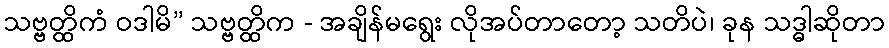
သဗ္ဗတ္ထိကံ ဝဒါမိ” သဗ္ဗတ္ထိက - အချိန်မရွေး လိုအပ်တာတော့ သတိပဲ၊ ခုန သဒ္ဓါဆိုတာ